Elephants and their diseases
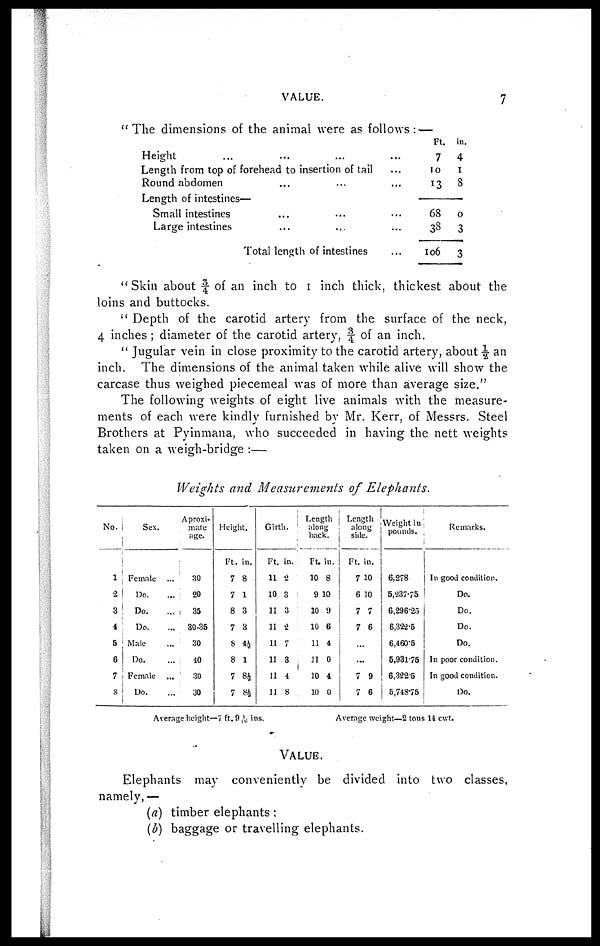
VALUE.
7
"The dimensions of the animal were as follows: —
Height
Length from top of forehead to insertion of tail
Round abdomen
Length of intestines—
Small intestines
Large intestines
Total length of intestines
Ft.
7
10
13
68
38
106
in.
4
I
8
0
3
3
"Skin about¾ of an inch to 1 inch thick, thickest about the
loins and buttocks.
" Depth of the carotid artery from the surface of the neck,
4 inches ; diameter of the carotid artery, ¾ of an inch.
" Jugular vein in close proximity to the carotid artery, about ½ an
inch. The dimensions of the animal taken while alive will show the
carcase thus weighed piecemeal was of more than average size."
The following weights of eight live animals with the measure-
ments of each were kindly furnished by Mr. Kerr, of Messrs. Steel
Brothers at Pyinmana, who succeeded in having the nett weights
taken on a weigh-bridge :—
Weights and Measurements of Elephants.
No.
1
2
3
4
5
6
7
8
Sex.
Female
Do.
Do.
Do.
Male
Do.
Female
Do.
A proxi mat e
age.
30
20
35
30-35
30
40
30
30
Height.
Ft.
7
7
8
7
8
8
7
7
in.
8
1
3
3
4½
1
8½
8½
Girth.
Ft.
11
10
11
11
11
11
11
11
in.
2
3
3
2
7
3
4
8
Average height-7 ft. 9 1/10 ins.
Length
along
back.
Ft.
10
in.
8
9 10
10
10
11
11
10
10
9
6
4
0
4
0
Length
along
side
Ft.
7
6
7
7
..
..
7
7
in.
10
10
7
6
..
..
9
6
Weight in
pounds.
6,278
5,237.75
6,293.25
6,322.5
6,460.5
5.931.75
6,322.5
5,748.75
Remarks.
In good condition.
Do.
Do.
Do.
Do.
In poor condition.
In good condition.
Do.
Average weight—2 tons14 cwt.
VALUE.
Elephants may conveniently be divided into two classes,
namely,—
(a) timber elephants :
(b) baggage or travelling elephants.